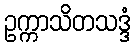
ဥက္ကာသိတသဒ္ဒံ